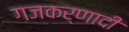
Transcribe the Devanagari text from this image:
गजकर्णादी